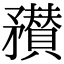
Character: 𥎞